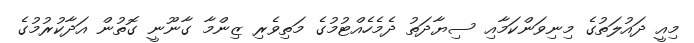
މިއީ ދައުލަތުގެ މިނިވަންކަމާއި ސިޔާދަތު ދެމެހެއްޓުމުގެ މަތިވެރި ޒިންމާ ގާނޫނީ ގޮތުން އަދާކުރުމުގެ